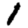
Digit: 1